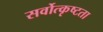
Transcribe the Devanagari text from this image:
सर्वोत्कृष्टता